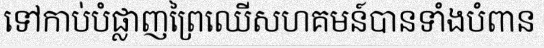
ទៅកាប់បំផ្លាញព្រៃឈើសហគមន៍បានទាំងបំពាន